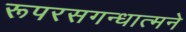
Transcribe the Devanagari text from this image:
रूपरसगन्धात्मने